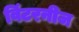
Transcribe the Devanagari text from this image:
विंटरनीज